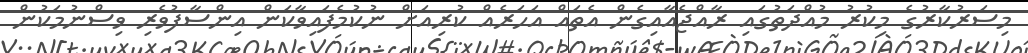
މިސަރުކާރުގެ މިކުރު މުއްދަތުގައި ރާއްޖެއާއިގެން އެތައް އަހަރެއް ކުރިއަށް ނުކުމެފައިވާކަން އިންސާފުވެރި ވިސްނުމަކުން